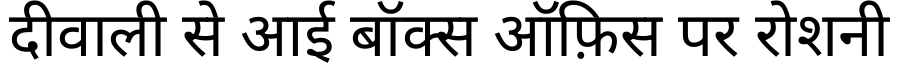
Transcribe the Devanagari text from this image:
दीवाली से आई बॉक्स ऑफ़िस पर रोशनी